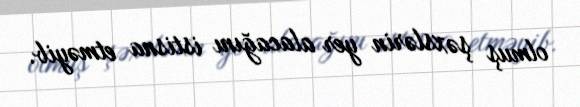
olmuş şəxslərin yer alacağını istisna etməyib.